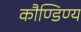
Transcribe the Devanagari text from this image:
कौण्डिण्य